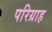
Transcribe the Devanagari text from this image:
परिग्राह